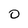
Character: O